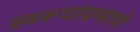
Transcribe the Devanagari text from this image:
स्वरूपांप्रमाणे